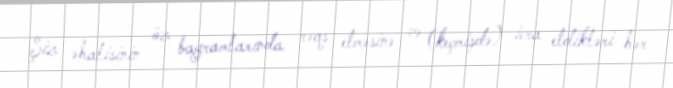
Şiz əhalisinin öz bayramlarında rəqs etməsinə və (keçmişdə) icra etdikləri hər